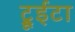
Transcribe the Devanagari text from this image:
ट्रूईटा